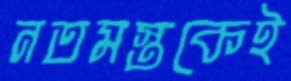
নতমস্তকেই